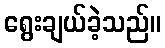
ရွေးချယ်ခဲ့သည်။